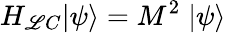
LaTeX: H_{\mathscr{L}C}|\psi\rangle=M^{2}\; |\psi\rangle